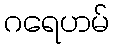
ဂရေဟမ်